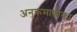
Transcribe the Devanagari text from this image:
अनुक्रमाणीका